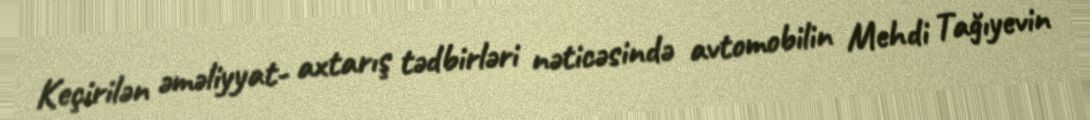
Keçirilən əməliyyat- axtarış tədbirləri nəticəsində avtomobilin Mehdi Tağıyevin